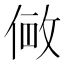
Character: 𫢽